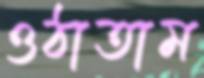
ওঠাতাম